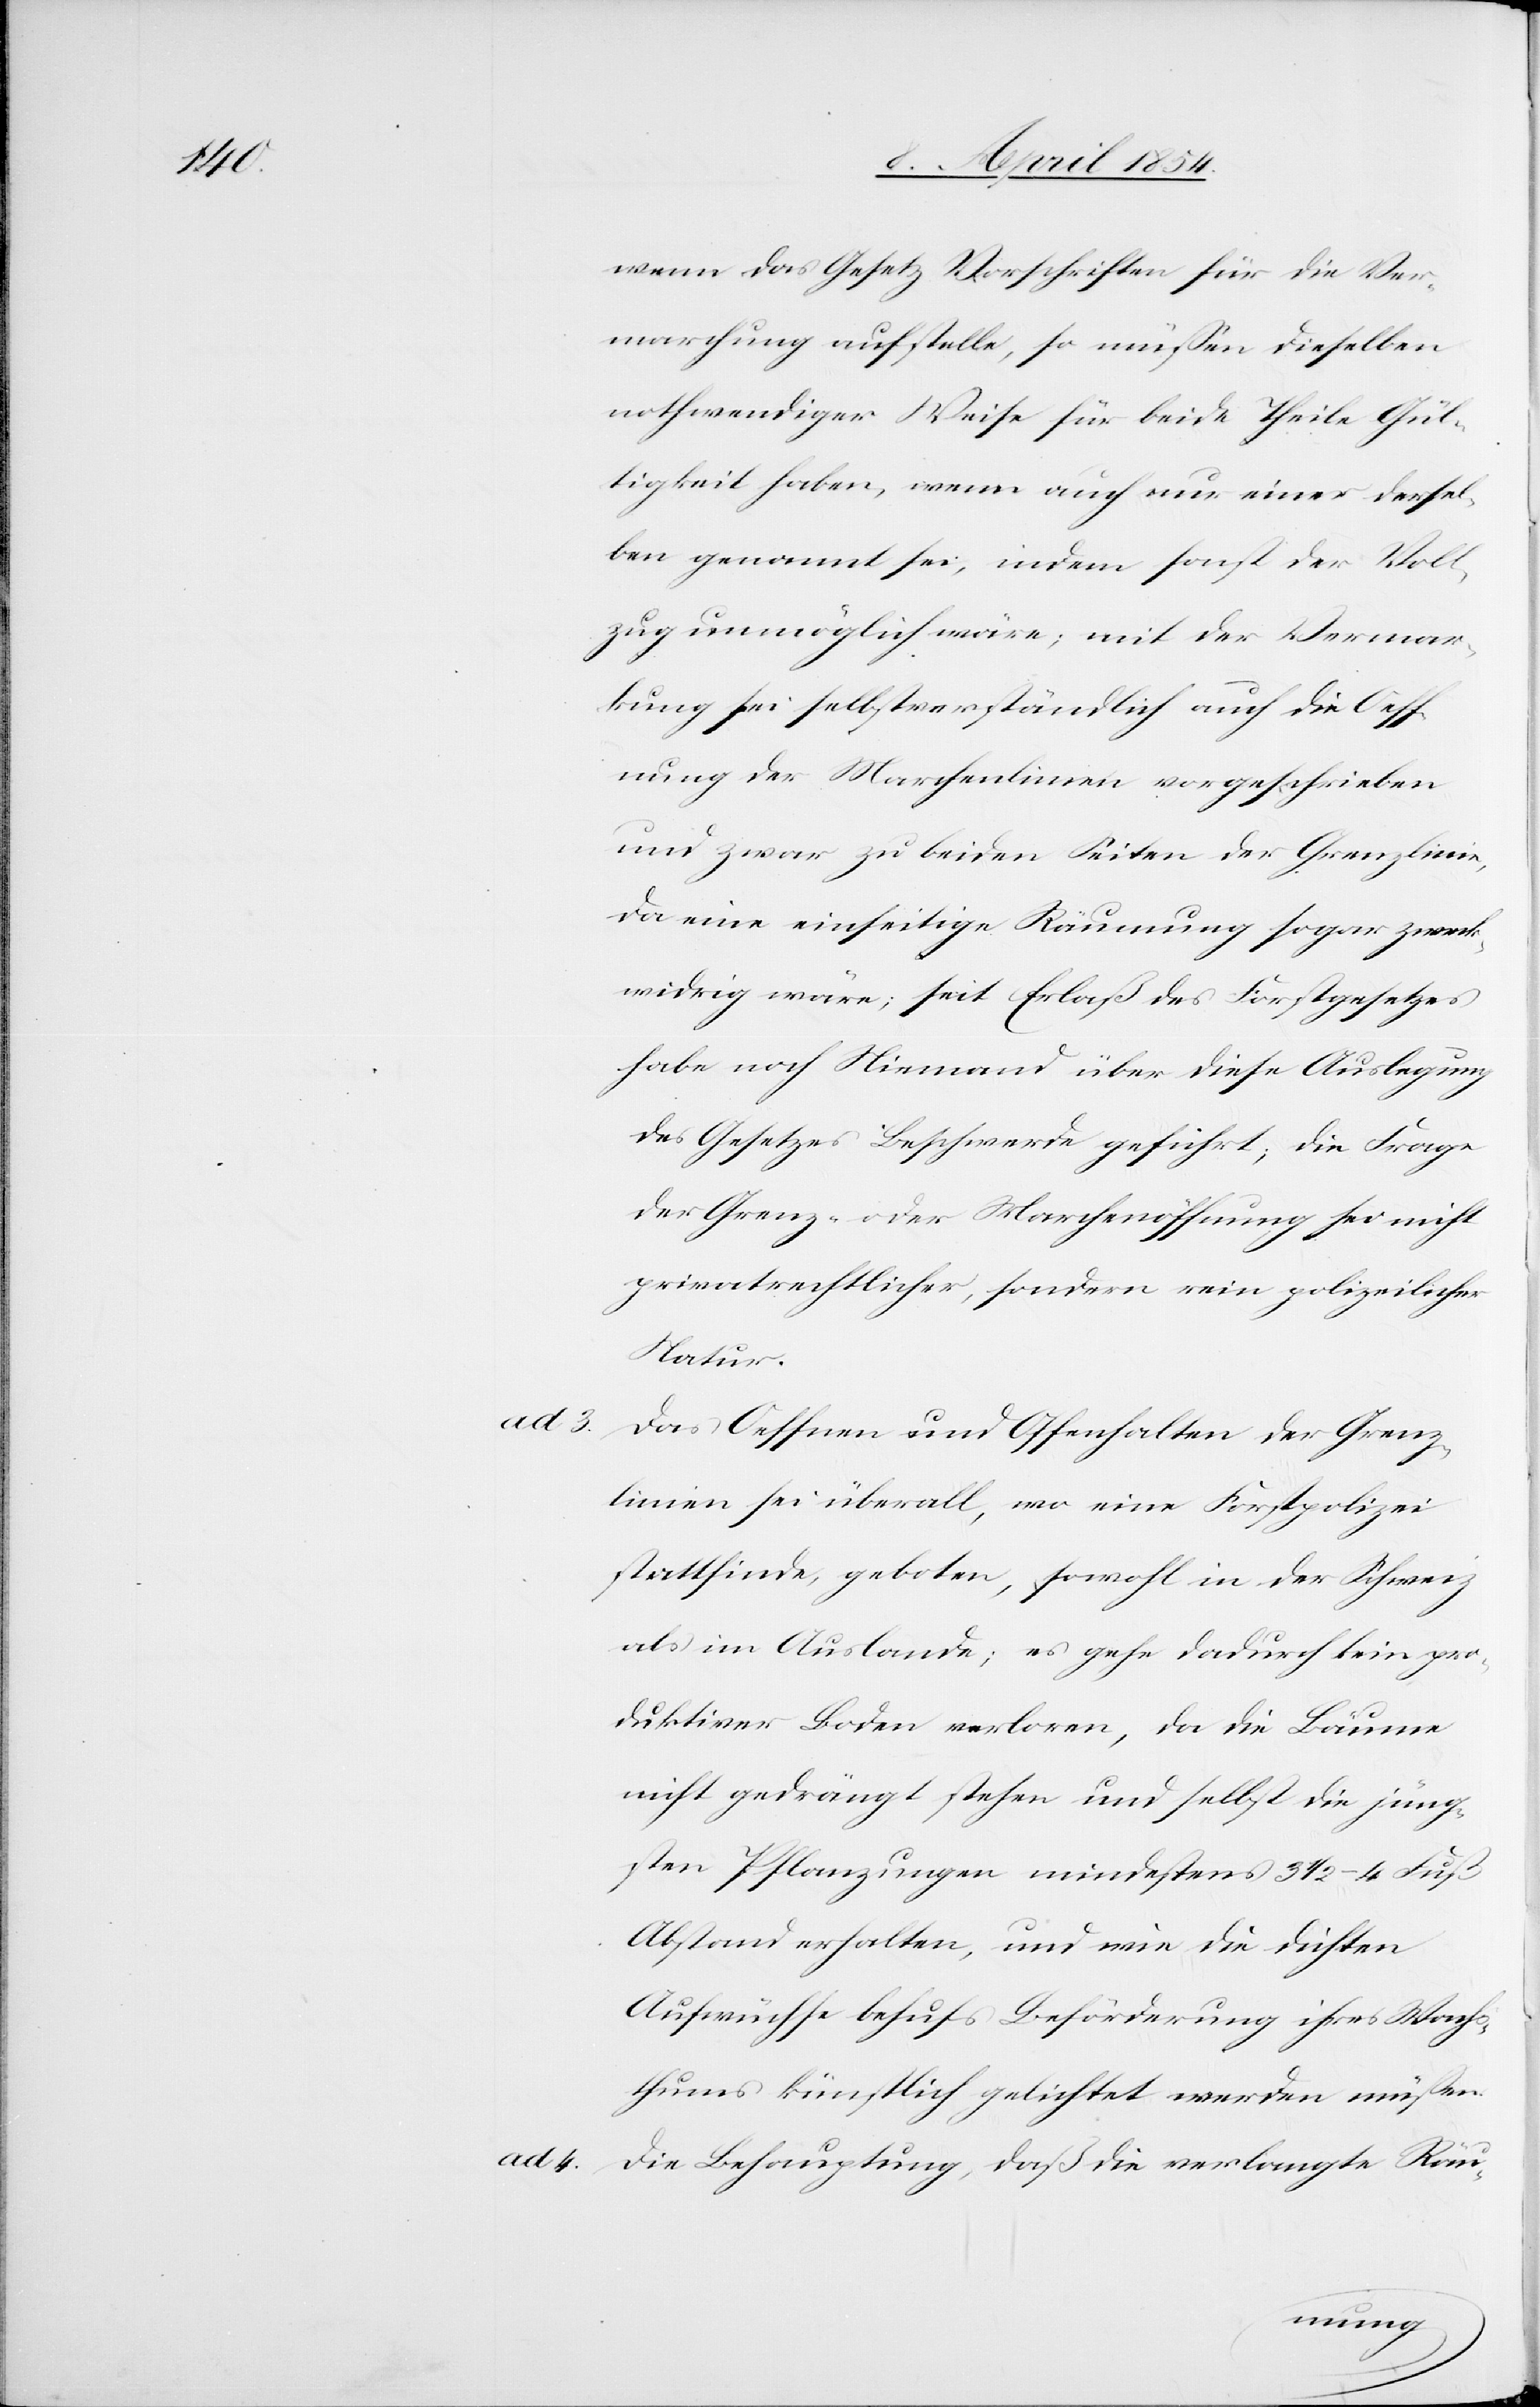
ad. 4.

wenn das Gesetz Vorschriften für die Ver¬
marchung aufstelle, so müßen dieselben
nothwendiger Weise für beide Theile Gül¬
tigkeit haben, wenn auch nur einer dersel¬
ben genannt sei, indem sonst der Voll¬
zug unmöglich wäre; mit der Vermar¬
kung sei selbstverständlich auch die Oeff¬
nung der Marchenlinien vorgeschrieben
und zwar zu beiden Seiten der Grenzlinie,
da eine einseitige Räumung sogar zweck¬
widrig wäre; seit Erlaß des Forstgesetzes
habe noch Niemand über diese Auslegung
des Gesetzes Beschwerde geführt; die Frage
der Grenz- oder Marchenöffnung sei nicht
privatrechtlich, sondern rein polizeilicher
Natur.
Das Oeffnen und Offenhalten der Grenz¬
linien sei überall, wo eine Forstpolizei
stattfinde, geboten, sowohl in der Schweiz
als im Auslande; es gehe dadurch kein pro¬
duktiver Boden verloren, da die Bäume
nicht gedrängt stehen und selbst die jüng¬
sten Pflanzungen mindestens 3 1/2–4 Fuß
Abstand erhalten, und wie die dichten
Aufwüchse behufs Beförderung ihres Wachs¬
thums künstlich gelichtet werden müßen.
Die Behauptung, daß die verlangte Räu-